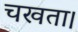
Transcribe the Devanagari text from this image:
चखता।